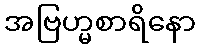
အဗြဟ္မစာရိနော